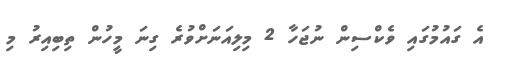
އެ ގައުމުގައި ވެކްސިން ނުޖަހާ 2 މިލިއަނަށްވުރެ ގިނަ މީހުން ތިބިއިރު މި